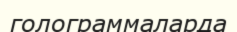
голограммаларда